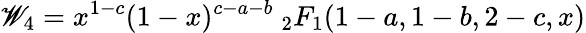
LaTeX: \mathscr{W}_{4}=x^{1-c}(1-x)^{c-a-b}\ _{2}F_{1}(1-a,1-b,2-c,x)